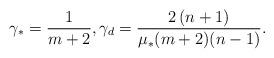
LaTeX: \begin{align*}\gamma_\ast =\frac1{m+2}, \gamma_d = \frac {2\left(n+1\right)}{\mu_\ast (m+2)(n-1)}.\end{align*}